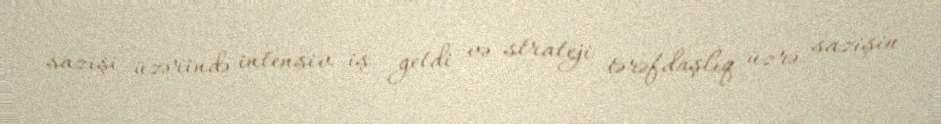
sazişi üzərində intensiv iş getdi və strateji tərəfdaşlıq üzrə sazişin